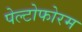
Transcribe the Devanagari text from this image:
पेल्टोफोरम